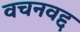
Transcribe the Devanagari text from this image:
वचनवद्द